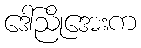
ဒေါ်ညိုအေးက